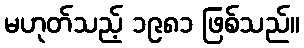
မဟုတ်သည့် ၁၉၈၁ ဖြစ်သည်။